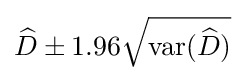
{\widehat {D}}\pm 1.96{\sqrt {\operatorname {var} ({\widehat {D}})}}